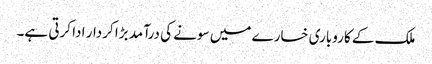
ملک کے کاروباری خسارے میں سونے کی درآمد بڑا کردار ادا کرتی ہے۔